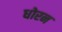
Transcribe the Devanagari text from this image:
धोरन